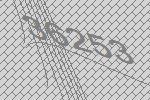
36253